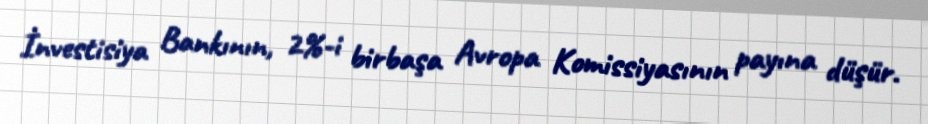
İnvestisiya Bankının, 2%-i birbaşa Avropa Komissiyasının payına düşür.